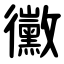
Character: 黴